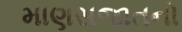
માણસજાતનો